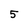
Character: 5